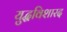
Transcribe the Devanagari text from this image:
युद्धविशारद